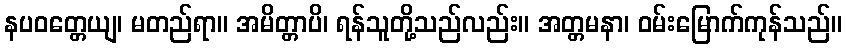
နပဝတ္တေယျ၊ မတည်ရာ။ အမိတ္တာပိ၊ ရန်သူတို့သည်လည်း။ အတ္တမနာ၊ ဝမ်းမြောက်ကုန်သည်။